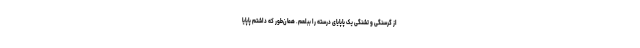
از گرسنگی و تشنگی یک پاپایای درسته را ببلعم. همان‌طور که داشتم پاپایا